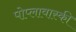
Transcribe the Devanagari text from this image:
पोप्लावास्की